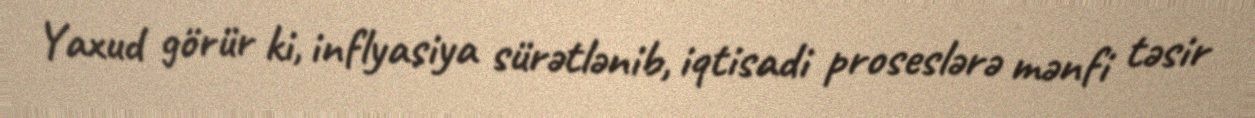
Yaxud görür ki, inflyasiya sürətlənib, iqtisadi proseslərə mənfi təsir